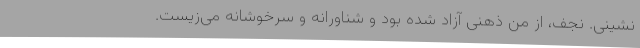
نشینی. نجف، از منِ ذهنی آزاد شده بود و شناورانه و سرخوشانه می‌زیست.